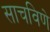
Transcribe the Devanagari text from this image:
साचविणे